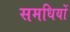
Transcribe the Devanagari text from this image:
समधियों